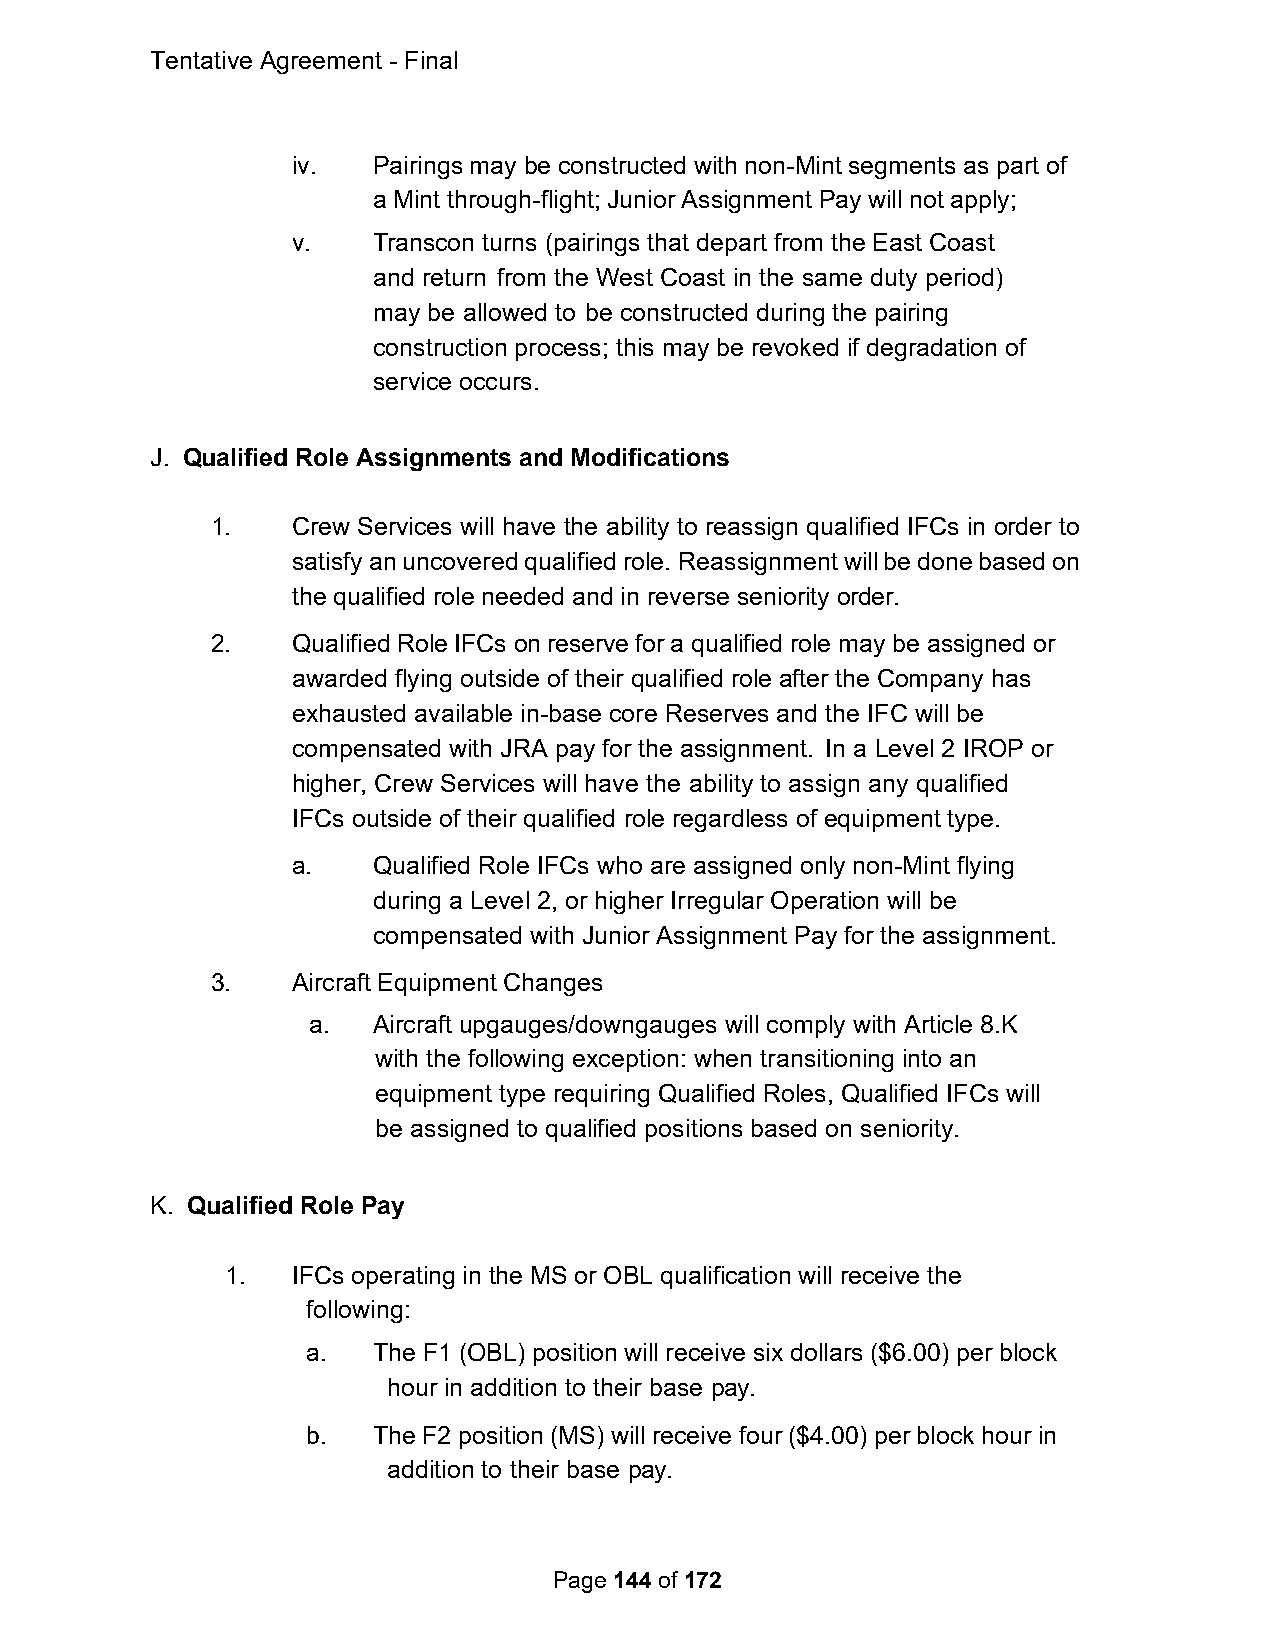
Tentative Agreement - Final
 iv.   Pairings may be constructed with non-Mint segments as part of
 a Mint through-flight; Junior Assignment Pay will not apply;
 v.    Transcon turns (pairings that depart from the East Coast
 and return from the West Coast in the same duty period)
 may be allowed to be constructed during the pairing
 construction process; this may be revoked if degradation of
 service occurs.
 J. Qualified Role Assignments and Modifications
 1.   Crew Services will have the ability to reassign qualified IFCs in order to
 satisfy an uncovered qualified role. Reassignment will be done based on
 the qualified role needed and in reverse seniority order.
 2.   Qualified Role IFCs on reserve for a qualified role may be assigned or
 awarded flying outside of their qualified role after the Company has
 exhausted available in-base core Reserves and the IFC will be
 compensated with JRA pay for the assignment. In a Level 2 IROP or
 higher, Crew Services will have the ability to assign any qualified
 IFCs outside of their qualified role regardless of equipment type.
 a.    Qualified Role IFCs who are assigned only non-Mint flying
 during a Level 2, or higher Irregular Operation will be
 compensated with Junior Assignment Pay for the assignment.
 3.   Aircraft Equipment Changes
 a.   Aircraft upgauges/downgauges will comply with Article 8.K
 with the following exception: when transitioning into an
 equipment type requiring Qualified Roles, Qualified IFCs will
 be assigned to qualified positions based on seniority.
 K. Qualified Role Pay
 1.  IFCs operating in the MS or OBL qualification will receive the
 following:
 a.   The F1 (OBL) position will receive six dollars ($6.00) per block
 hour in addition to their base pay.
 b.   The F2 position (MS) will receive four ($4.00) per block hour in
 addition to their base pay.
 Page 144 of 172